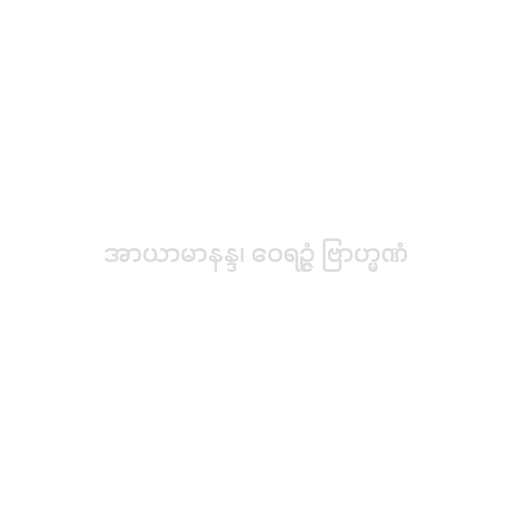
အာယာမာနန္ဒ၊ ဝေရဉ္ဇံ ဗြာဟ္မဏံ